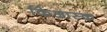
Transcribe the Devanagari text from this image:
किआस्क